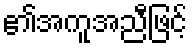
၏အကူအညီဖြင့်